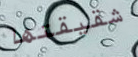
شقيقتها